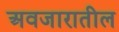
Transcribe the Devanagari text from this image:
अवजारातील